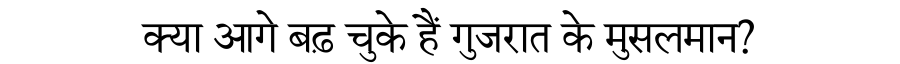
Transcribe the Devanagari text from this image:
क्या आगे बढ़ चुके हैं गुजरात के मुसलमान?